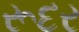
રૂદર